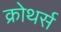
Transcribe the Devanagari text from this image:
क्रोथर्स